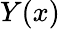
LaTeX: Y(x)